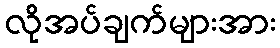
လိုအပ်ချက်များအား